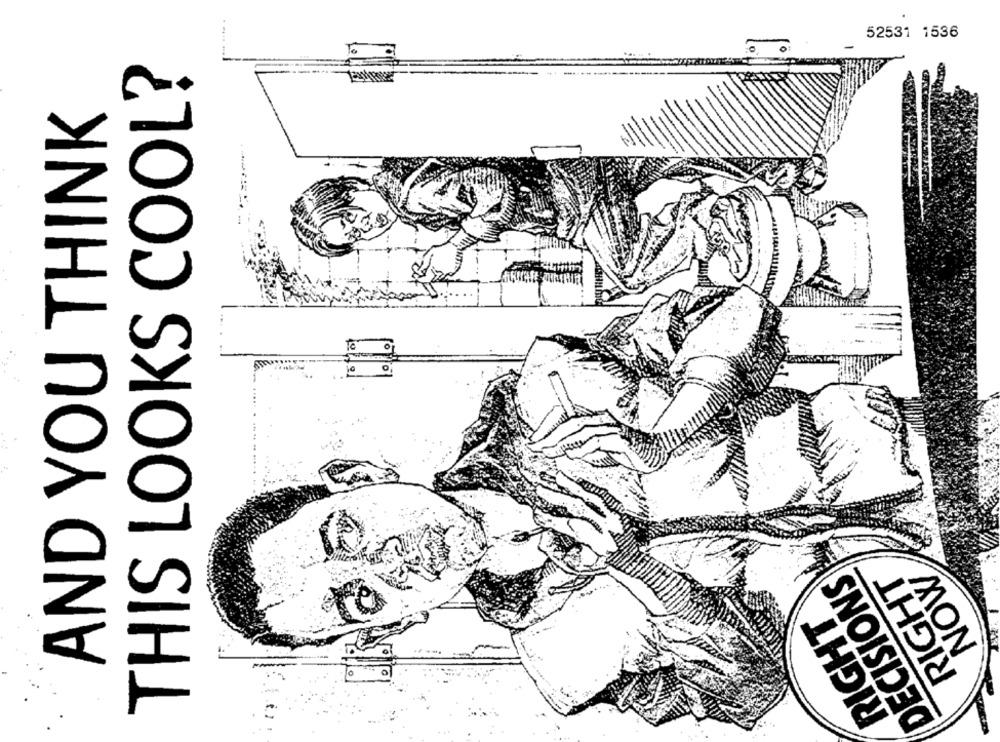
52531 1536
THIS LOOKS COOL?
AND YOU THINK
NOW
DECISIONS
RIGHT
RIGHT